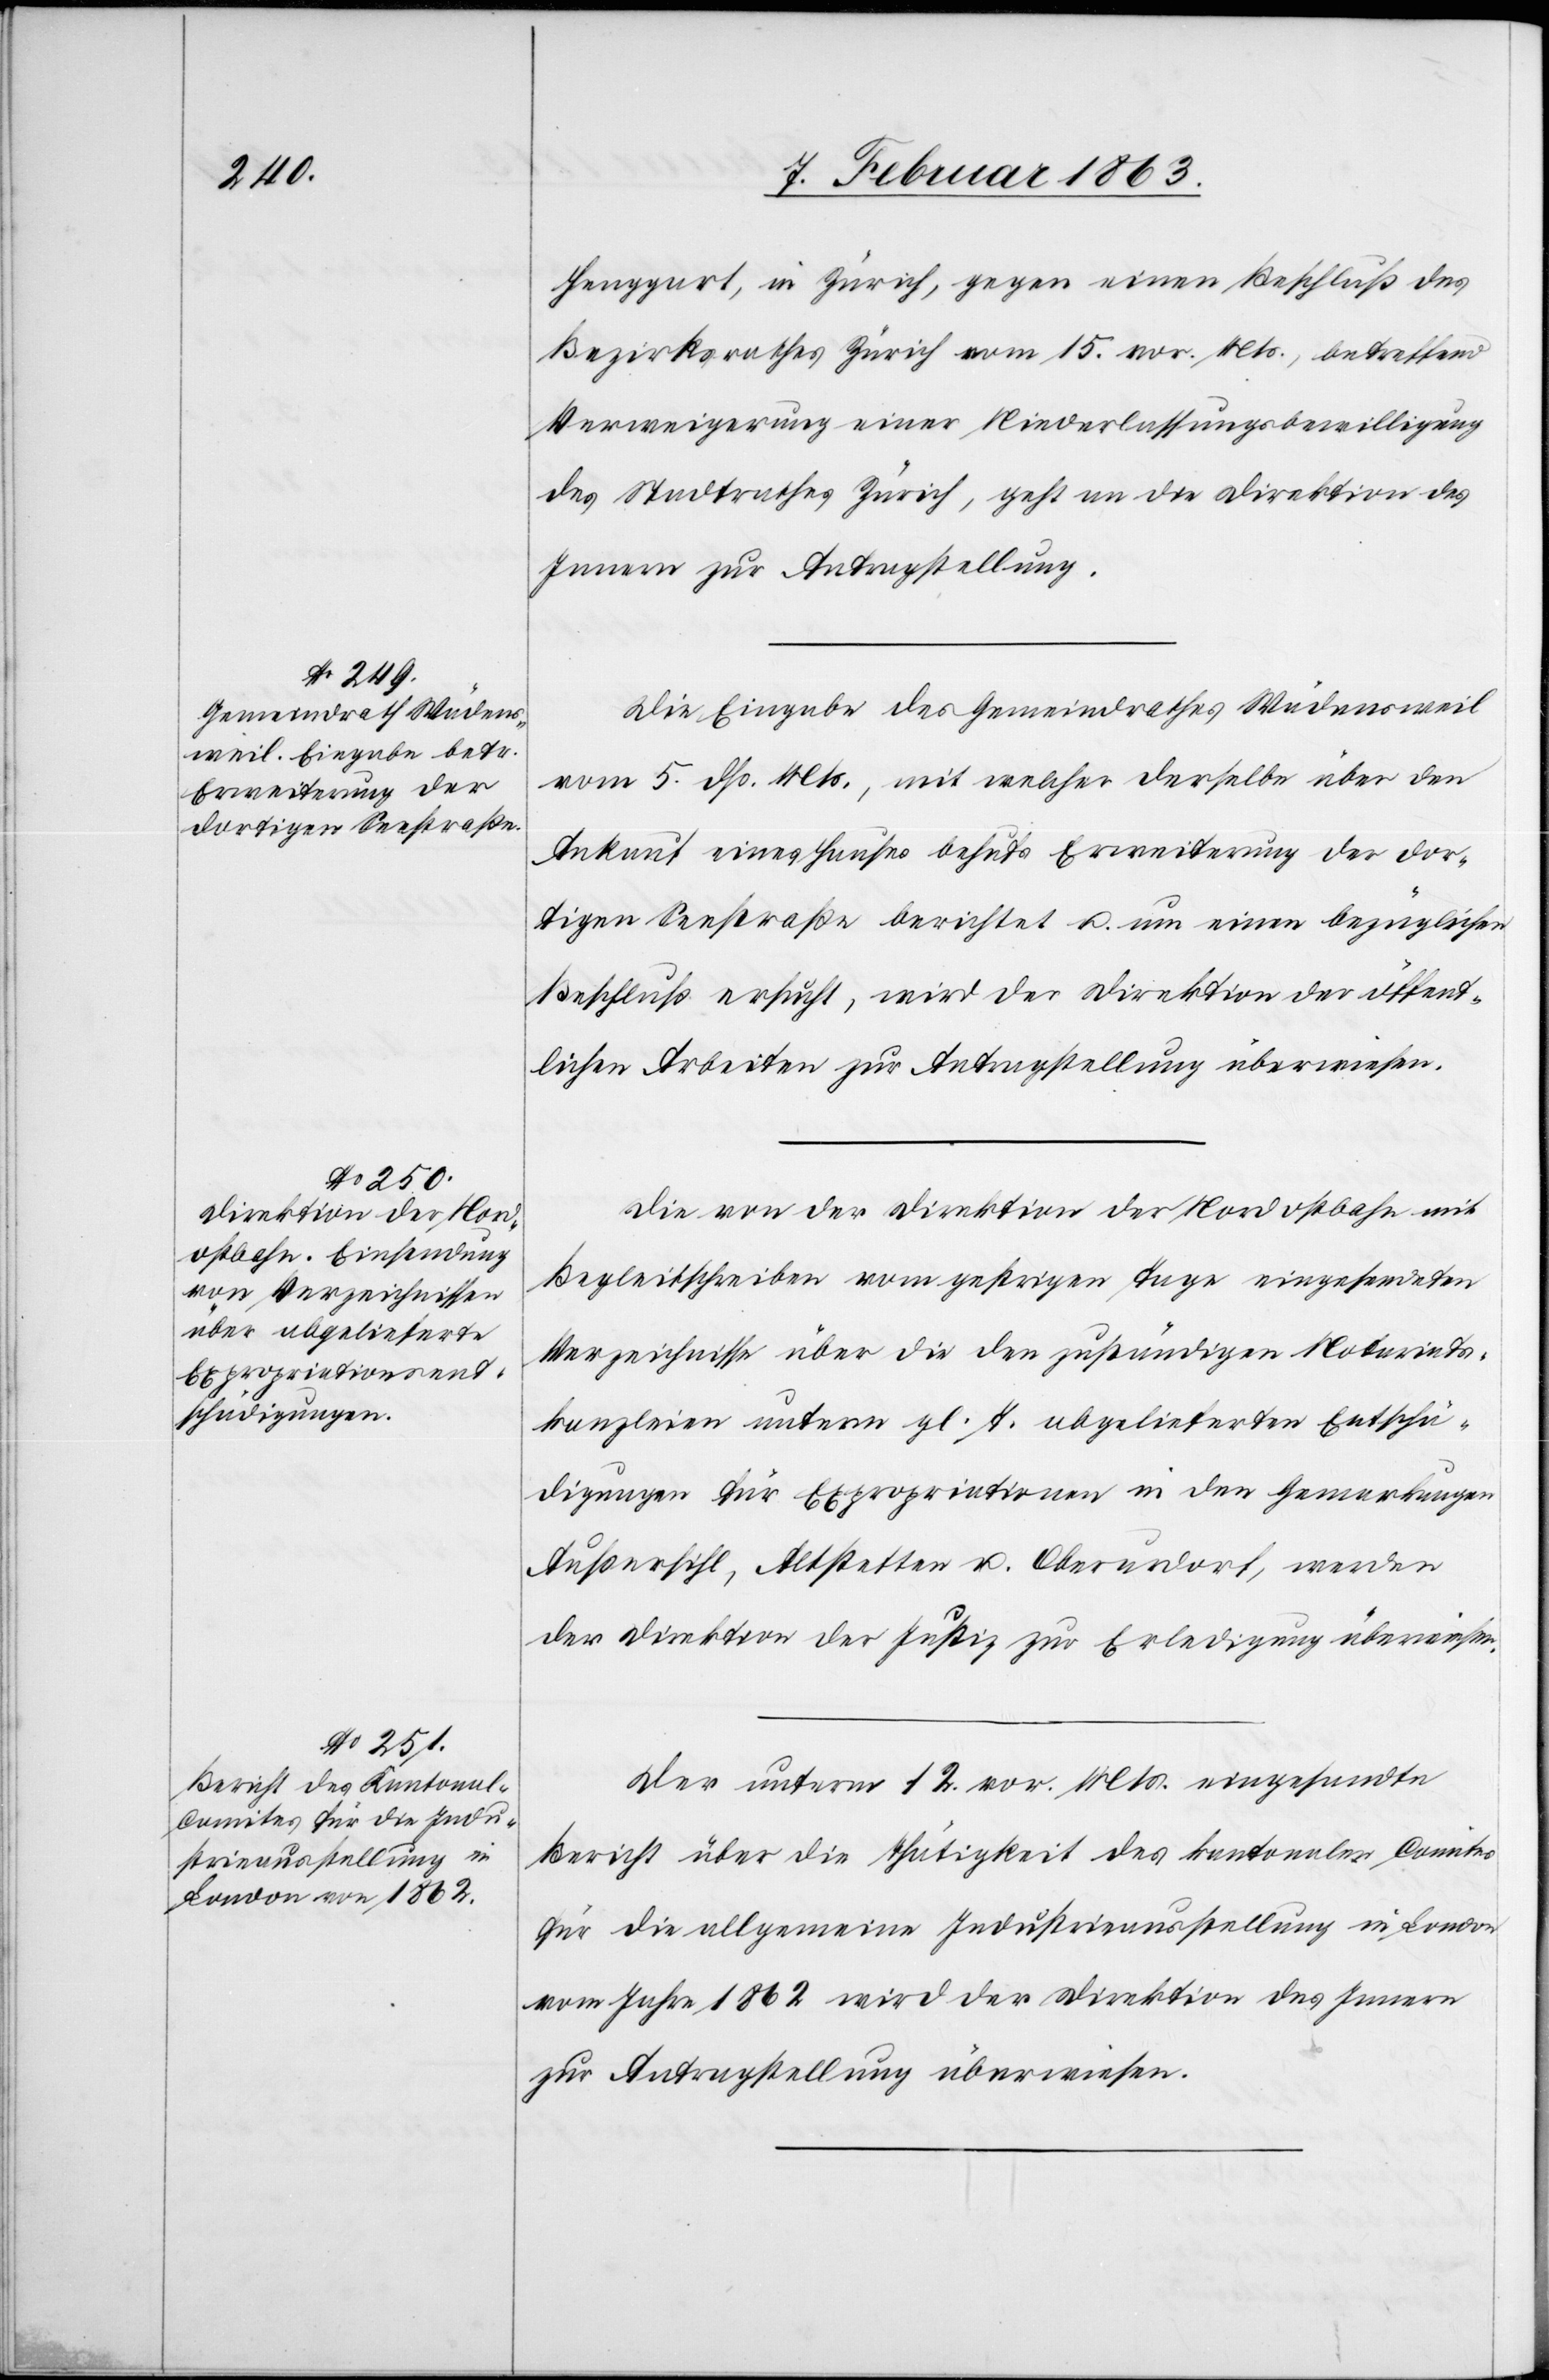
7. Februar 1863.]
Henggart, in Zürich, gegen einen Beschluß des
Bezirksrathes Zürich vom 15. vor. Mts., betreffend
Verweigerung einer Niederlassungsbewilligung
des Stadtrathes Zürich, geht an die Direktion des
Innern zur Antragstellung.
Die Eingabe des Gemeindrathes Wädensweil
vom 5. dß. Mts., mit welcher derselbe über den
Ankauf eines Hauses behufs Erweiterung der dor¬
tigen Seestraße berichtet u. um einen bezüglichen
Beschluß ersucht, wird der Direktion der öffent¬
lichen Arbeiten zur Antragstellung überwiesen.
Die von der Direktion der Nordostbahn mit
Begleitschreiben vom gestrigen Tage eingesendeten
Verzeichnisse über die den zuständigen Notariats¬
kanzleien unterm gl. T. abgelieferten Entschä¬
digungen für Expropriationen in den Gemarkungen
Außersihl, Altstetten u. Oberurdorf, werden
der Direktion der Justiz zur Erledigung überwiesen.
Der unterm 12. vor. Mts. eingesandte
Bericht über die Thätigkeit des kantonalen Comites
für die allgemeine Industrieausstellung in London
vom Jahre 1862 wird der Direktion des Innern
zur Antragstellung überwiesen.